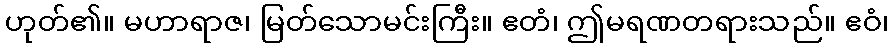
ဟုတ်၏။ မဟာရာဇ၊ မြတ်သောမင်းကြီး။ ဧတံ၊ ဤမရဏတရားသည်။ ဧဝံ၊